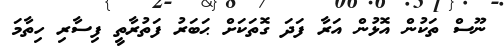
ނޫސް ތަކުން އޮޅުން އަރާ ފަދަ ގޮތަކަށް ޙަބަރު ފަތުރާތީ ފިސާރި ހިތާމަ